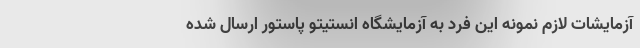
آزمایشات لازم نمونه این فرد به آزمایشگاه انستیتو پاستور ارسال شده